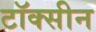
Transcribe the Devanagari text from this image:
टॉक्सीन